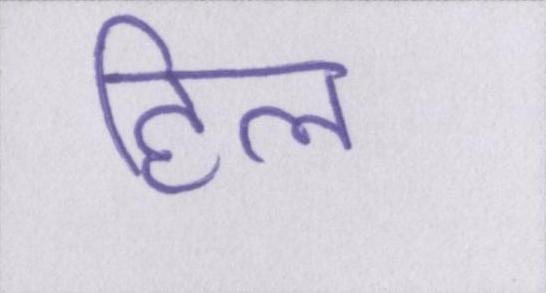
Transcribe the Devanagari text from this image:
हिल